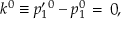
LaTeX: k ^ { 0 } \equiv p _ { 1 } ^ { \prime \, 0 } - p _ { 1 } ^ { 0 } \, = \, 0 ,